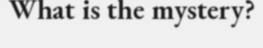
What is the mystery?